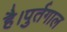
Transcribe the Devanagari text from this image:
है।पुर्तगाल